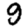
Digit: 9